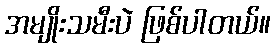
အမျိုးသမီးပဲ ဖြစ်ပါတယ်။